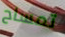
تمساح